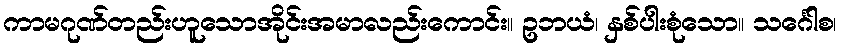
ကာမဂုဏ်တည်းဟူသောအိုင်းအမာလည်းကောင်း။ ဥဘယံ၊ နှစ်ပါးစုံသော။ သင်္ဂေါစ၊